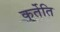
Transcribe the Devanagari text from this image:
कर्तेति